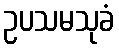
ဥပသမသုခံ